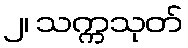
၂၊ သက္ကသုတ်